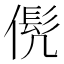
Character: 𱏍